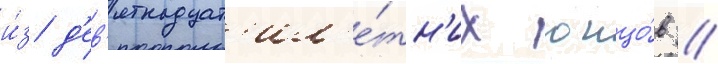
и́з д'ев'ятнадцат'ил'е́тн'их юнцо́в //